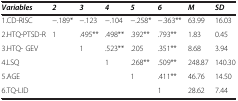
| Variables | 2 | 3 | 4 | 5 | 6 | M | SD |
 | --- | --- | --- | --- | --- | --- | --- | --- |
 | 1.CD-RISC | −.189* | −.123 | −.104 | −.258* | −.363** | 63.99 | 16.03 |
 | 2.HTQ-PTSD-R | 1 | .495** | .498** | .392** | .793** | 1.83 | 0.45 |
 | 3.HTQ- GEV |  | 1 | .523** | .205 | .351** | 8.68 | 3.94 |
 | 4.LSQ |  |  | 1 | .268** | .509** | 248.87 | 140.30 |
 | 5.AGE |  |  |  | 1 | .411** | 46.76 | 14.50 |
 | 6.TQ-LID |  |  |  |  | 1 | 28.62 | 7.44 |